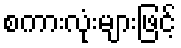
စကားလုံးများဖြင့်